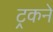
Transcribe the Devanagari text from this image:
ट्रकने